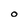
Character: O